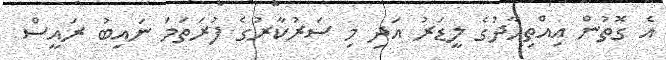
އެ ގޮތުން އިއްތިހާދުގެ ލީޑަރު އަދި މި ސަރުކާރުގެ ފުރަތަމަ ނައިބު ރައީސް